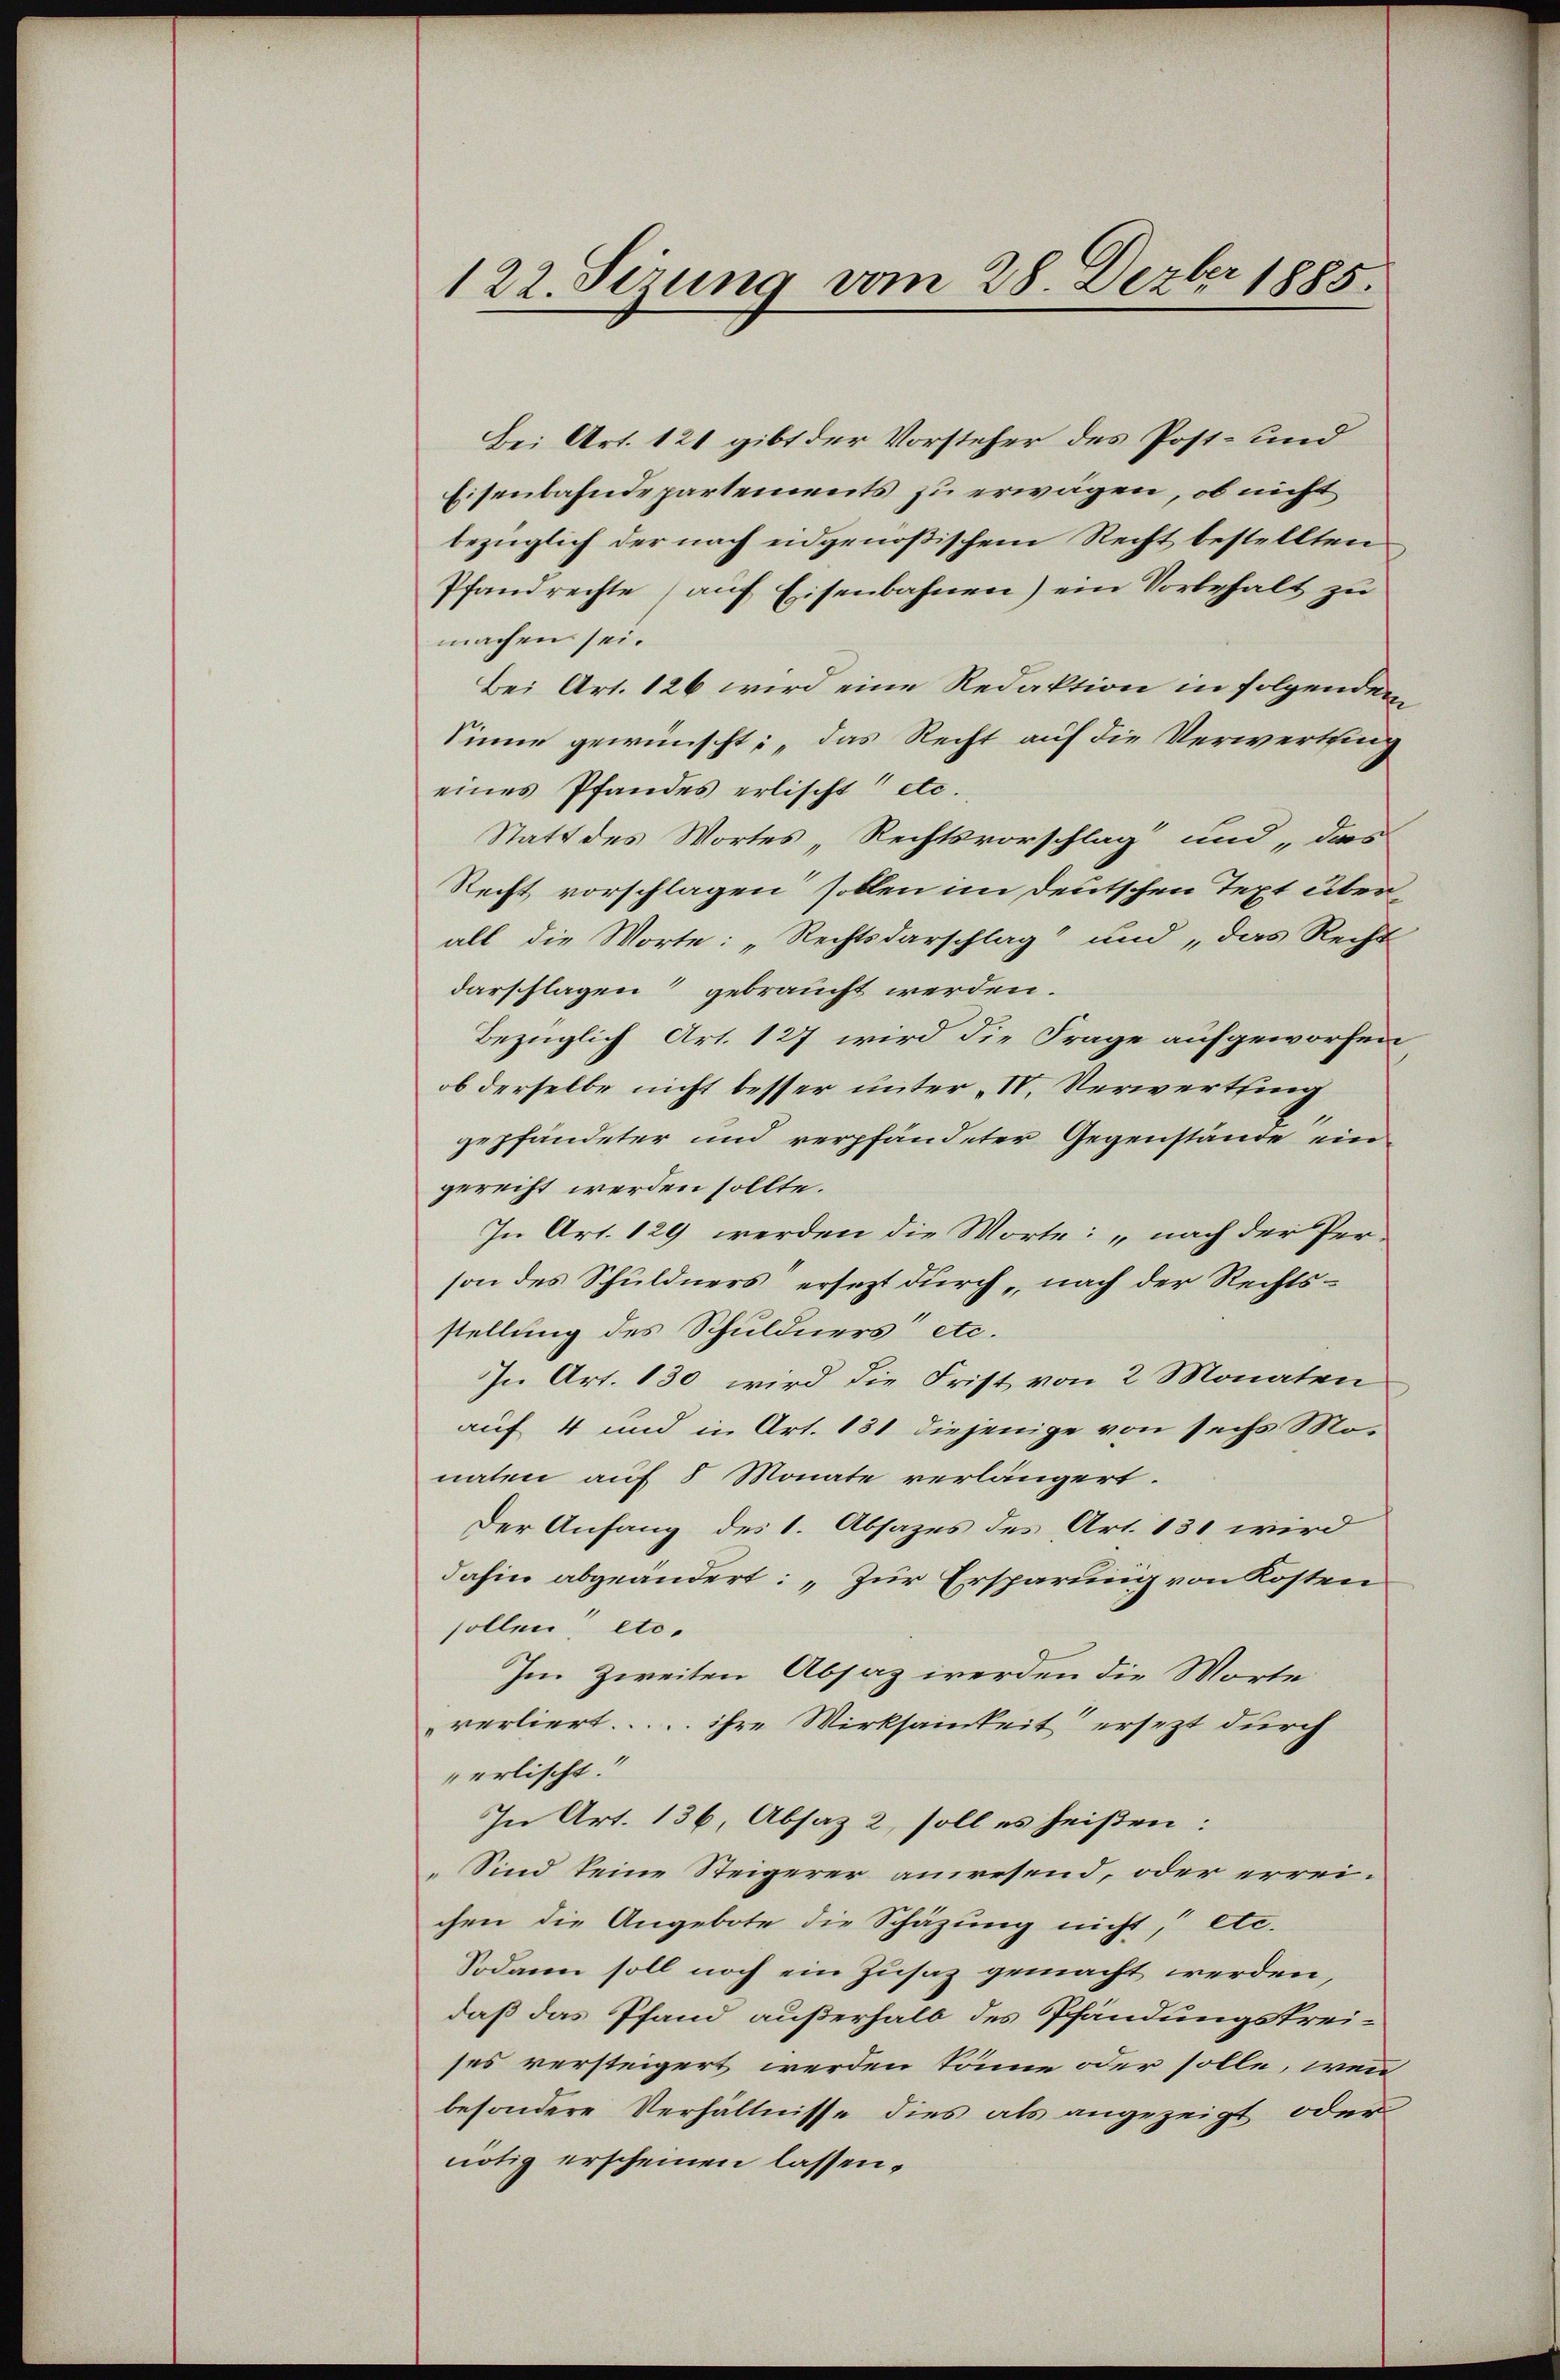
122. Sizung vom 28. Dezbr 1885.

Bei Art. 121 gibt der Vorsteher des Post- und
Eisenbahndepartements zu erwagen, ob nicht
bezüglich der nach eidgenößischem Recht bestellten
Pfandrechte (auf Eisenbahnen) ein Vorbehalt zu
machen sei.
Bei Art. 126 wird eine Redaktion in folgendem
Sinne gewünscht: „das Recht auf die Verwerthung
eines Pfandes erlischt etc.
Statt des Wortes, Rechtsvorschlag und das
Recht vorschlagen sollen im Deutschen Text über
all die Worte: „Rechtsdarschlag und „das Recht
darschlagen gebraucht werden.
Bezüglich Art. 127 wird die Frage aufgeworfen
ob derselbe nicht besser unter „IV, Verwerthing
gepfändeter und verpfändeter Gegenstände ein
gerecht werden sollte.
In Art. 129 werden die Worte: „nach der Per-
son des Schuldners ersezt durch „nach der Rechtsstellung des Schuldners“ etc.
In Art. 130 wird die Frist von 2 Monaten
auf 4 und in Art. 131 diejenige von sechs Monaten auf 8 Monate verlängert.
Der Anfang des 1. Absazes des Art. 131, wird
dahin abgeändert: „Zur Ersparung von Kosten
sollen, etc.
Im Zweiten Absaz werden die Worte
verliert..... ihre Wirksamkeit ersezt durch
erlischt.
In Art. 136, Absaz 2, soll es heißen:
„Sind keine Steigerer anwesend, oder erreichen die Angebote die Schäzung nicht, etc.
Sodann soll noch ein Zusaz gemacht werden,
daß das Pfand außerhalb des Pfändungskreises versteigert werden könne oder solle, wenn
besondere Verhältnisse dies als angezeigt oder
nötig erscheinen lassen.